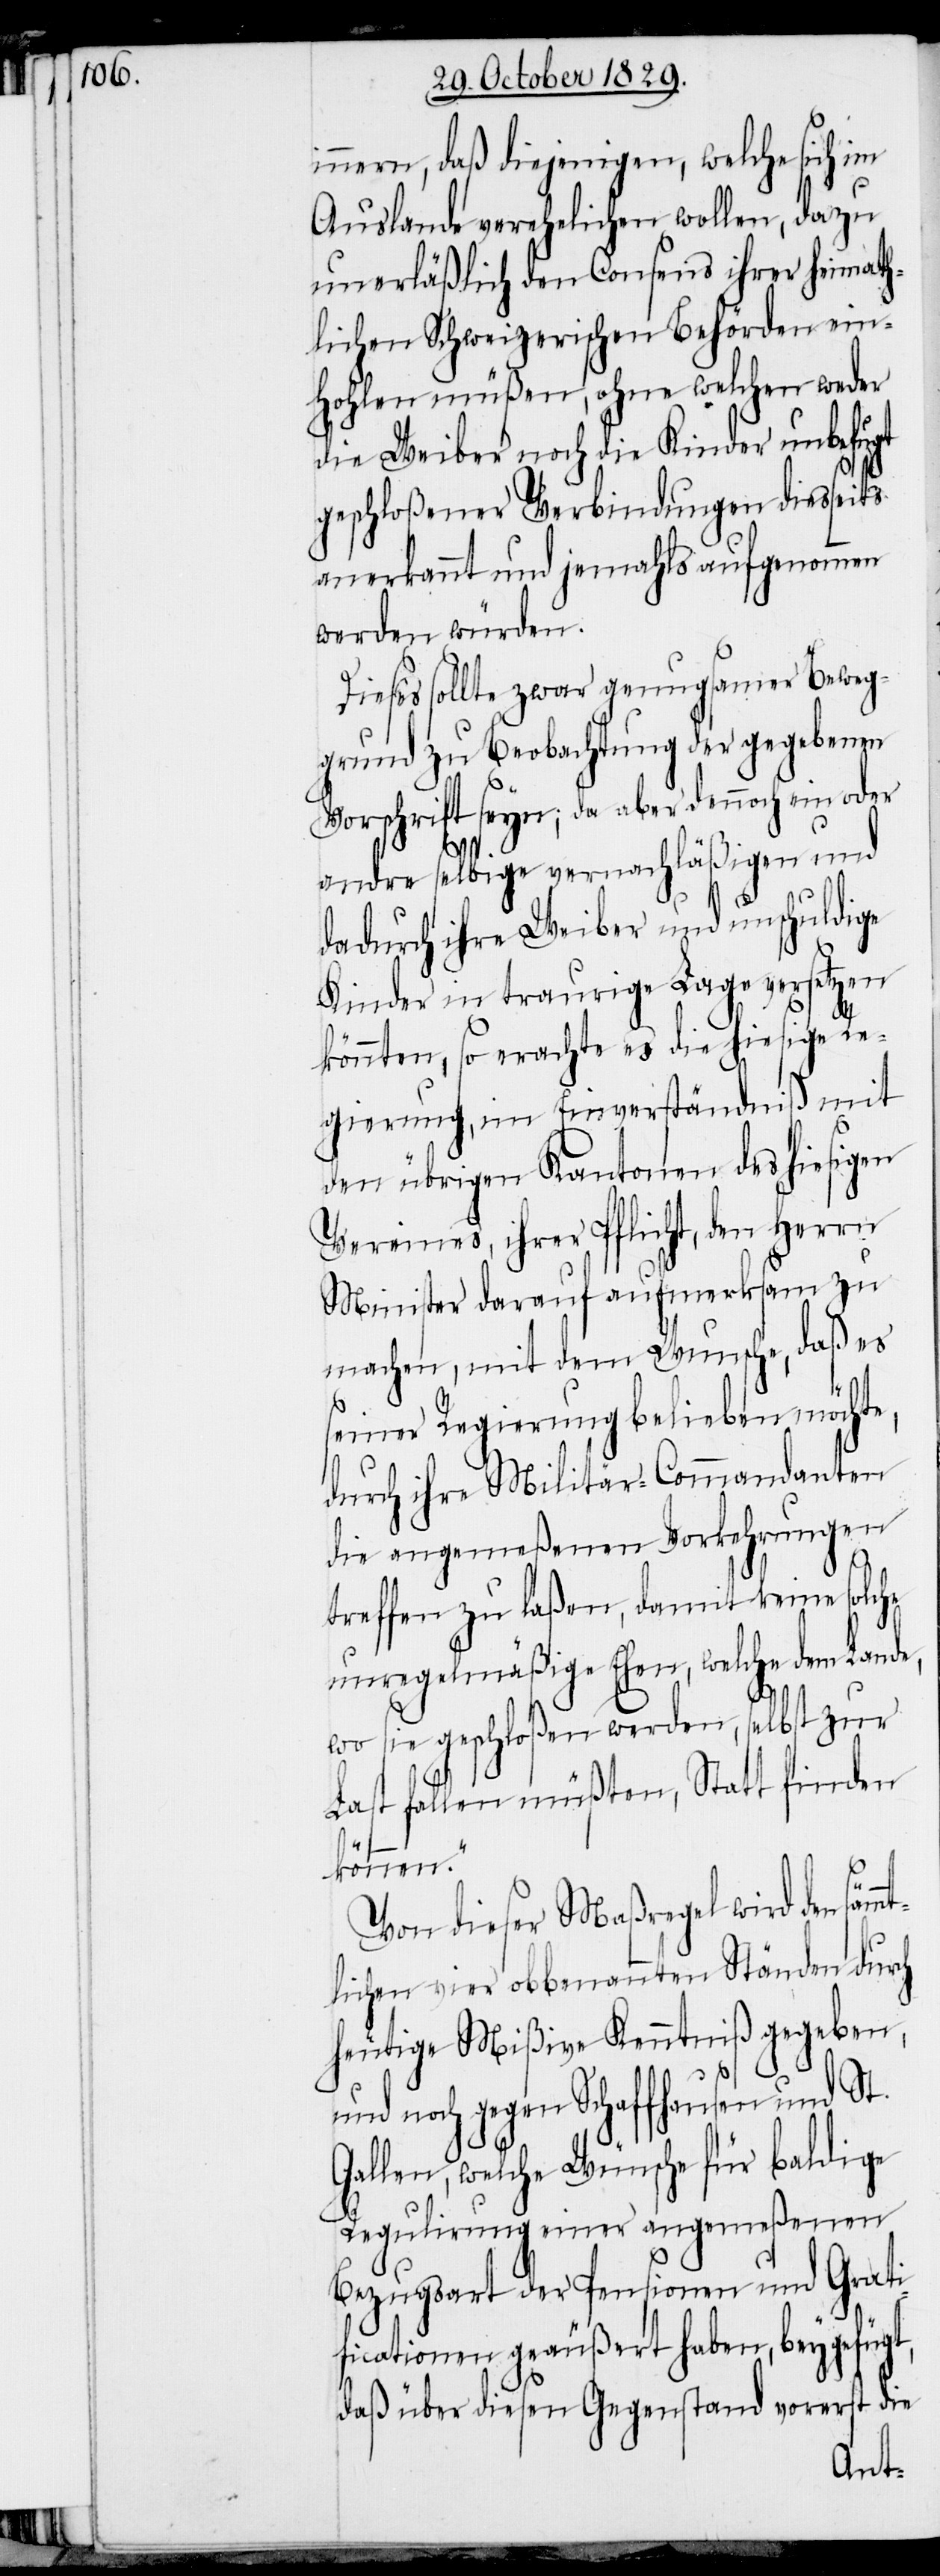
innern, daß diejenigen, welche sich im
Auslande verehelichen wollen, dazu
unerläßlich den Consens ihrer heimath¬
lichen Schweizerischen Behörden ein¬
hohlen müßen, ohne welchen weder
die Weiber noch die Kinder unbefugt
geschloßener Verbindungen diesseits
anerkannt und jemahls aufgenommen
werden würden.
Dieses sollte zwar genugsamer Beweg¬
grund zu Beobachtung der gegebenen
Vorschrift seyn; da Bericht dennoch ein oder
andre selbige vernachläßigen und
dadurch ihre Weiber und unschuldige
Kinder in traurige Lage versetzen
könnten, so erachte es die hiesige Re¬
gierung, im Einverständnis mit
den übrigen Kantonen des hiesigen
Vereins, ihrer Pflicht, den Herrn
Minister darauf aufmerksam zu
machen, mit dem Wunsche, daß es
seiner Regierung belieben möchte,
durch ihre Militär-Commandanten
die angemeßenen Vorkehrungen
treffen zu laßen, damit keine solche
unregelmäßige Ehen, welche dem Lande,
wo sie geschloßen werden, selbst zur
Last fallen müßten, Statt finden
können.“
Von dieser Maßregel wird den säm¬
lichen vier obbenannten Ständen durch
heutige Mißive Kenntniß gegeben,
und noch gegen Schaffhausen und St.
Gallen, welche Wünsche für baldige
Regulirung einer angemeßenen
Bezugsart der Pensionen und Grati¬
ficationen geäußert haben, beygefügt,
daß über diesen Gegenstand vorerst die
mt¬